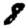
Digit: 8